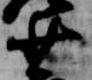
少